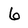
Character: 6